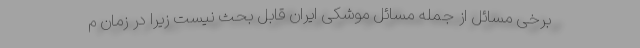
برخی مسائل از جمله مسائل موشکی ایران قابل بحث نیست زیرا در زمان م